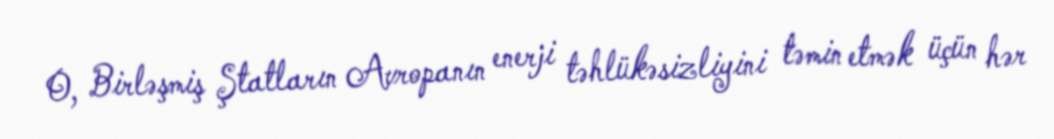
O, Birləşmiş Ştatların Avropanın enerji təhlükəsizliyini təmin etmək üçün hər